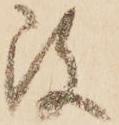
改